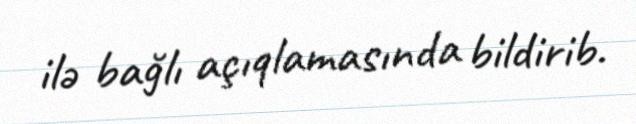
ilə bağlı açıqlamasında bildirib.